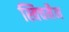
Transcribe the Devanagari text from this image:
स्विचमैन